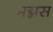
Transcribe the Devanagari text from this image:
मग्नस